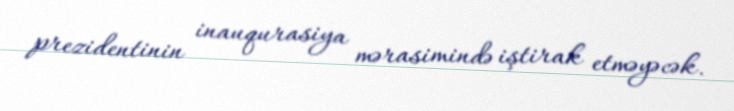
prezidentinin inauqurasiya mərasimində iştirak etməyəcək.